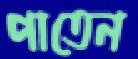
পাতেন